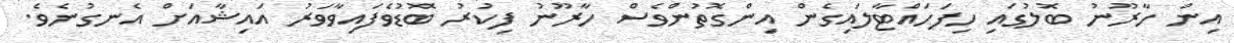
އިން ހާރޫނު ބޮލުގައި ހިފަހައްޓާލައިގެން އިންގޮތުންވެސް ހާރޫނު ފިކުރު ބޮޑުވެފައިވާވަރު އައިޝާއަށް އެނގުނެވެ.